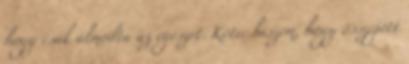
hogy csak álmodta az egészet. Kötve hiszem, hogy összejött